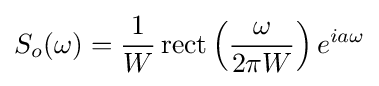
S_{o}(\omega )={\frac {1}{W}}\operatorname {rect} \left({\omega  \over 2\pi W}\right)e^{ia\omega }